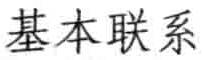
基本联系